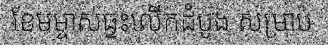
ខែមម្ចាស់ផ្ទះលើកដំបូង សម្រាប់